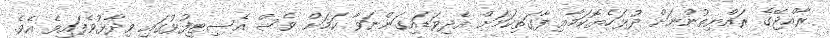
ރާއްޖޭގެ ރައްޔިތުންނަށް ދުޅަހެޔޮކަމާއި ފާގަތިކަމަށް އެދިވަޑައިގަންނަވާ ކަމަށް ވެސް އެސިޓީފުޅުގައި ވިދާޅުވެފައިވެ އެވެ.